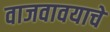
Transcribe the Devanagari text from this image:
वाजवावयाचे